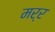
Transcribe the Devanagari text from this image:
मर्र